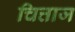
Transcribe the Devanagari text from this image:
चित्ताज